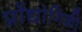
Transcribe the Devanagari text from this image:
प्रोैद्योगिकी